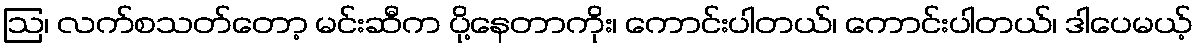
ဩ၊ လက်စသတ်တော့ မင်းဆီက ပို့နေတာကိုး၊ ကောင်းပါတယ်၊ ကောင်းပါတယ်၊ ဒါပေမယ့်